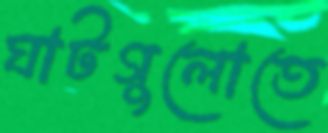
ঘাটগুলোতে